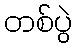
တစ်ပွဲ